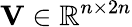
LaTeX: \mathbf{V}\in\mathbb{R}^{n\times 2n}